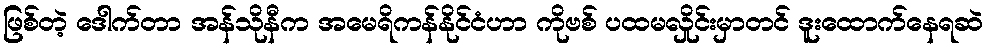
ဖြစ်တဲ့ ဒေါက်တာ အန်သိုနီက အမေရိကန်နိုင်ငံဟာ ကိုဗစ် ပထမလှိုင်းမှာတင် ဒူးထောက်နေရဆဲ